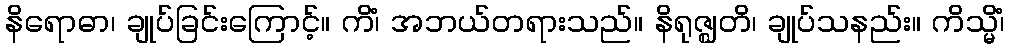
နိရောဓာ၊ ချုပ်ခြင်းကြောင့်။ ကိံ၊ အဘယ်တရားသည်။ နိရုဇ္ဈတိ၊ ချုပ်သနည်း။ ကိသ္မိံ၊